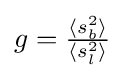
g={\tfrac {\langle s_{b}^{2}\rangle }{\langle s_{l}^{2}\rangle }}